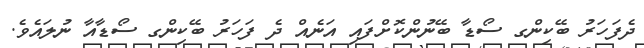
ދެފަހަރު ބޭކިންގ ސޯޑާ ބޭނުންކޮށްފައި އަނެއް ދެ ފަހަރު ބޭކިންގ ސޯޑާއާ ނުލައެވެ.